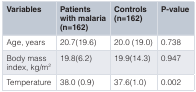
<table><thead><tr><td><b>Variables</b></td><td><b>Patientswith malaria(n=162)</b></td><td><b>Controls(n=162)</b></td><td><b>P-value</b></td></tr></thead><tbody><tr><td>Age, years</td><td>20.7(19.6)</td><td>20.0 (19.0)</td><td>0.738</td></tr><tr><td>Body massindex, kg/m<sup>2</sup></td><td>19.8(6.2)</td><td>19.9(14.3)</td><td>0.947</td></tr><tr><td>Temperature</td><td>38.0 (0.9)</td><td>37.6(1.0)</td><td>0.002</td></tr></tbody></table>